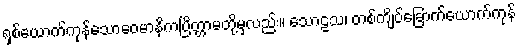
ရှစ်ယောက်ကုန်သောဝေမာနိကပြိတ္တာမတို့မှလည်း။ သောဠသ၊ တစ်ကျိပ်ခြောက်ယောက်ကုန်